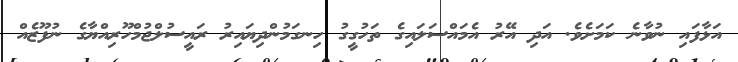
އަޅާފައި ނުވާނެ ކަމަށެވެ. އަދި އޭރު އެމައްސަލައިގެ ތަހުގީގު ހިނގަމުންދިޔައިރު ރައީސުލްޖުމްހޫރިއްޔާގެ ނުފޫޒެއް